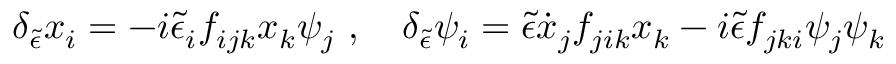
\delta _ { \tilde { \epsilon } } x _ { i } = - i { \tilde { \epsilon } } _ { i } f _ { i j k } x _ { k } \psi _ { j } \ , \quad \delta _ { \tilde { \epsilon } } \psi _ { i } = { \tilde { \epsilon } } { \dot { x } } _ { j } f _ { j i k } x _ { k } - i { \tilde { \epsilon } } f _ { j k i } \psi _ { j } \psi _ { k }